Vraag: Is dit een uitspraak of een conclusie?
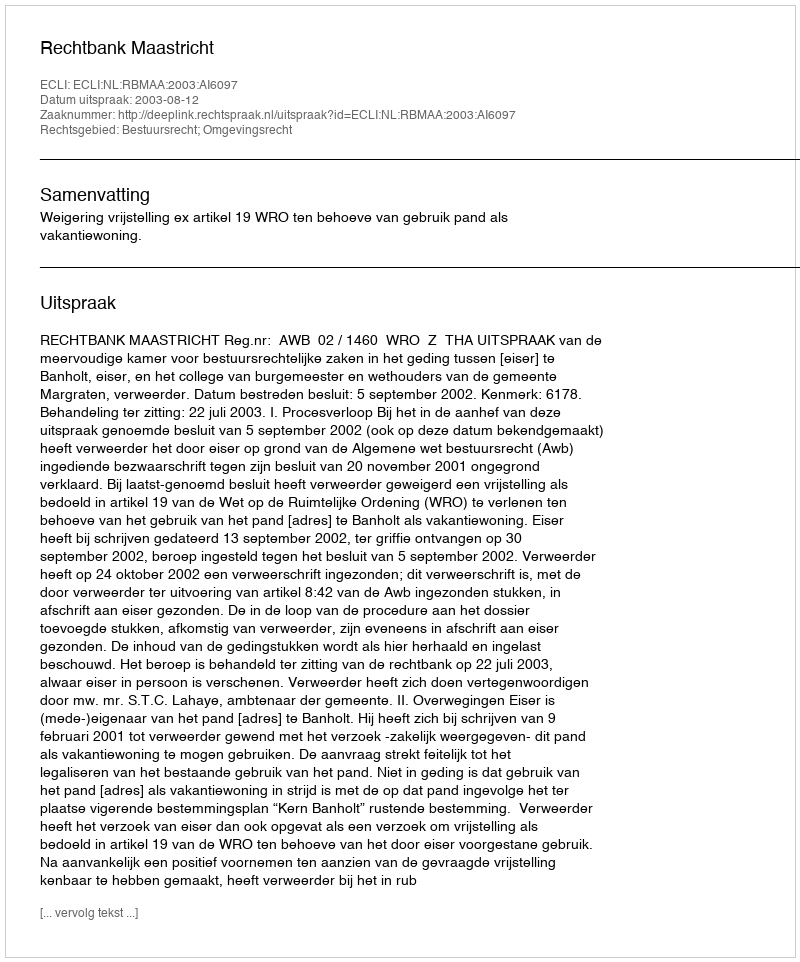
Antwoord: Uitspraak